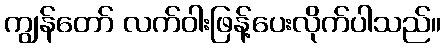
ကျွန်တော် လက်ဝါးဖြန့်ပေးလိုက်ပါသည်။